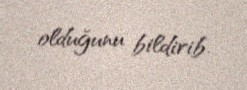
olduğunu bildirib.